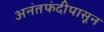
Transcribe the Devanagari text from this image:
अनंतफंदीपासून